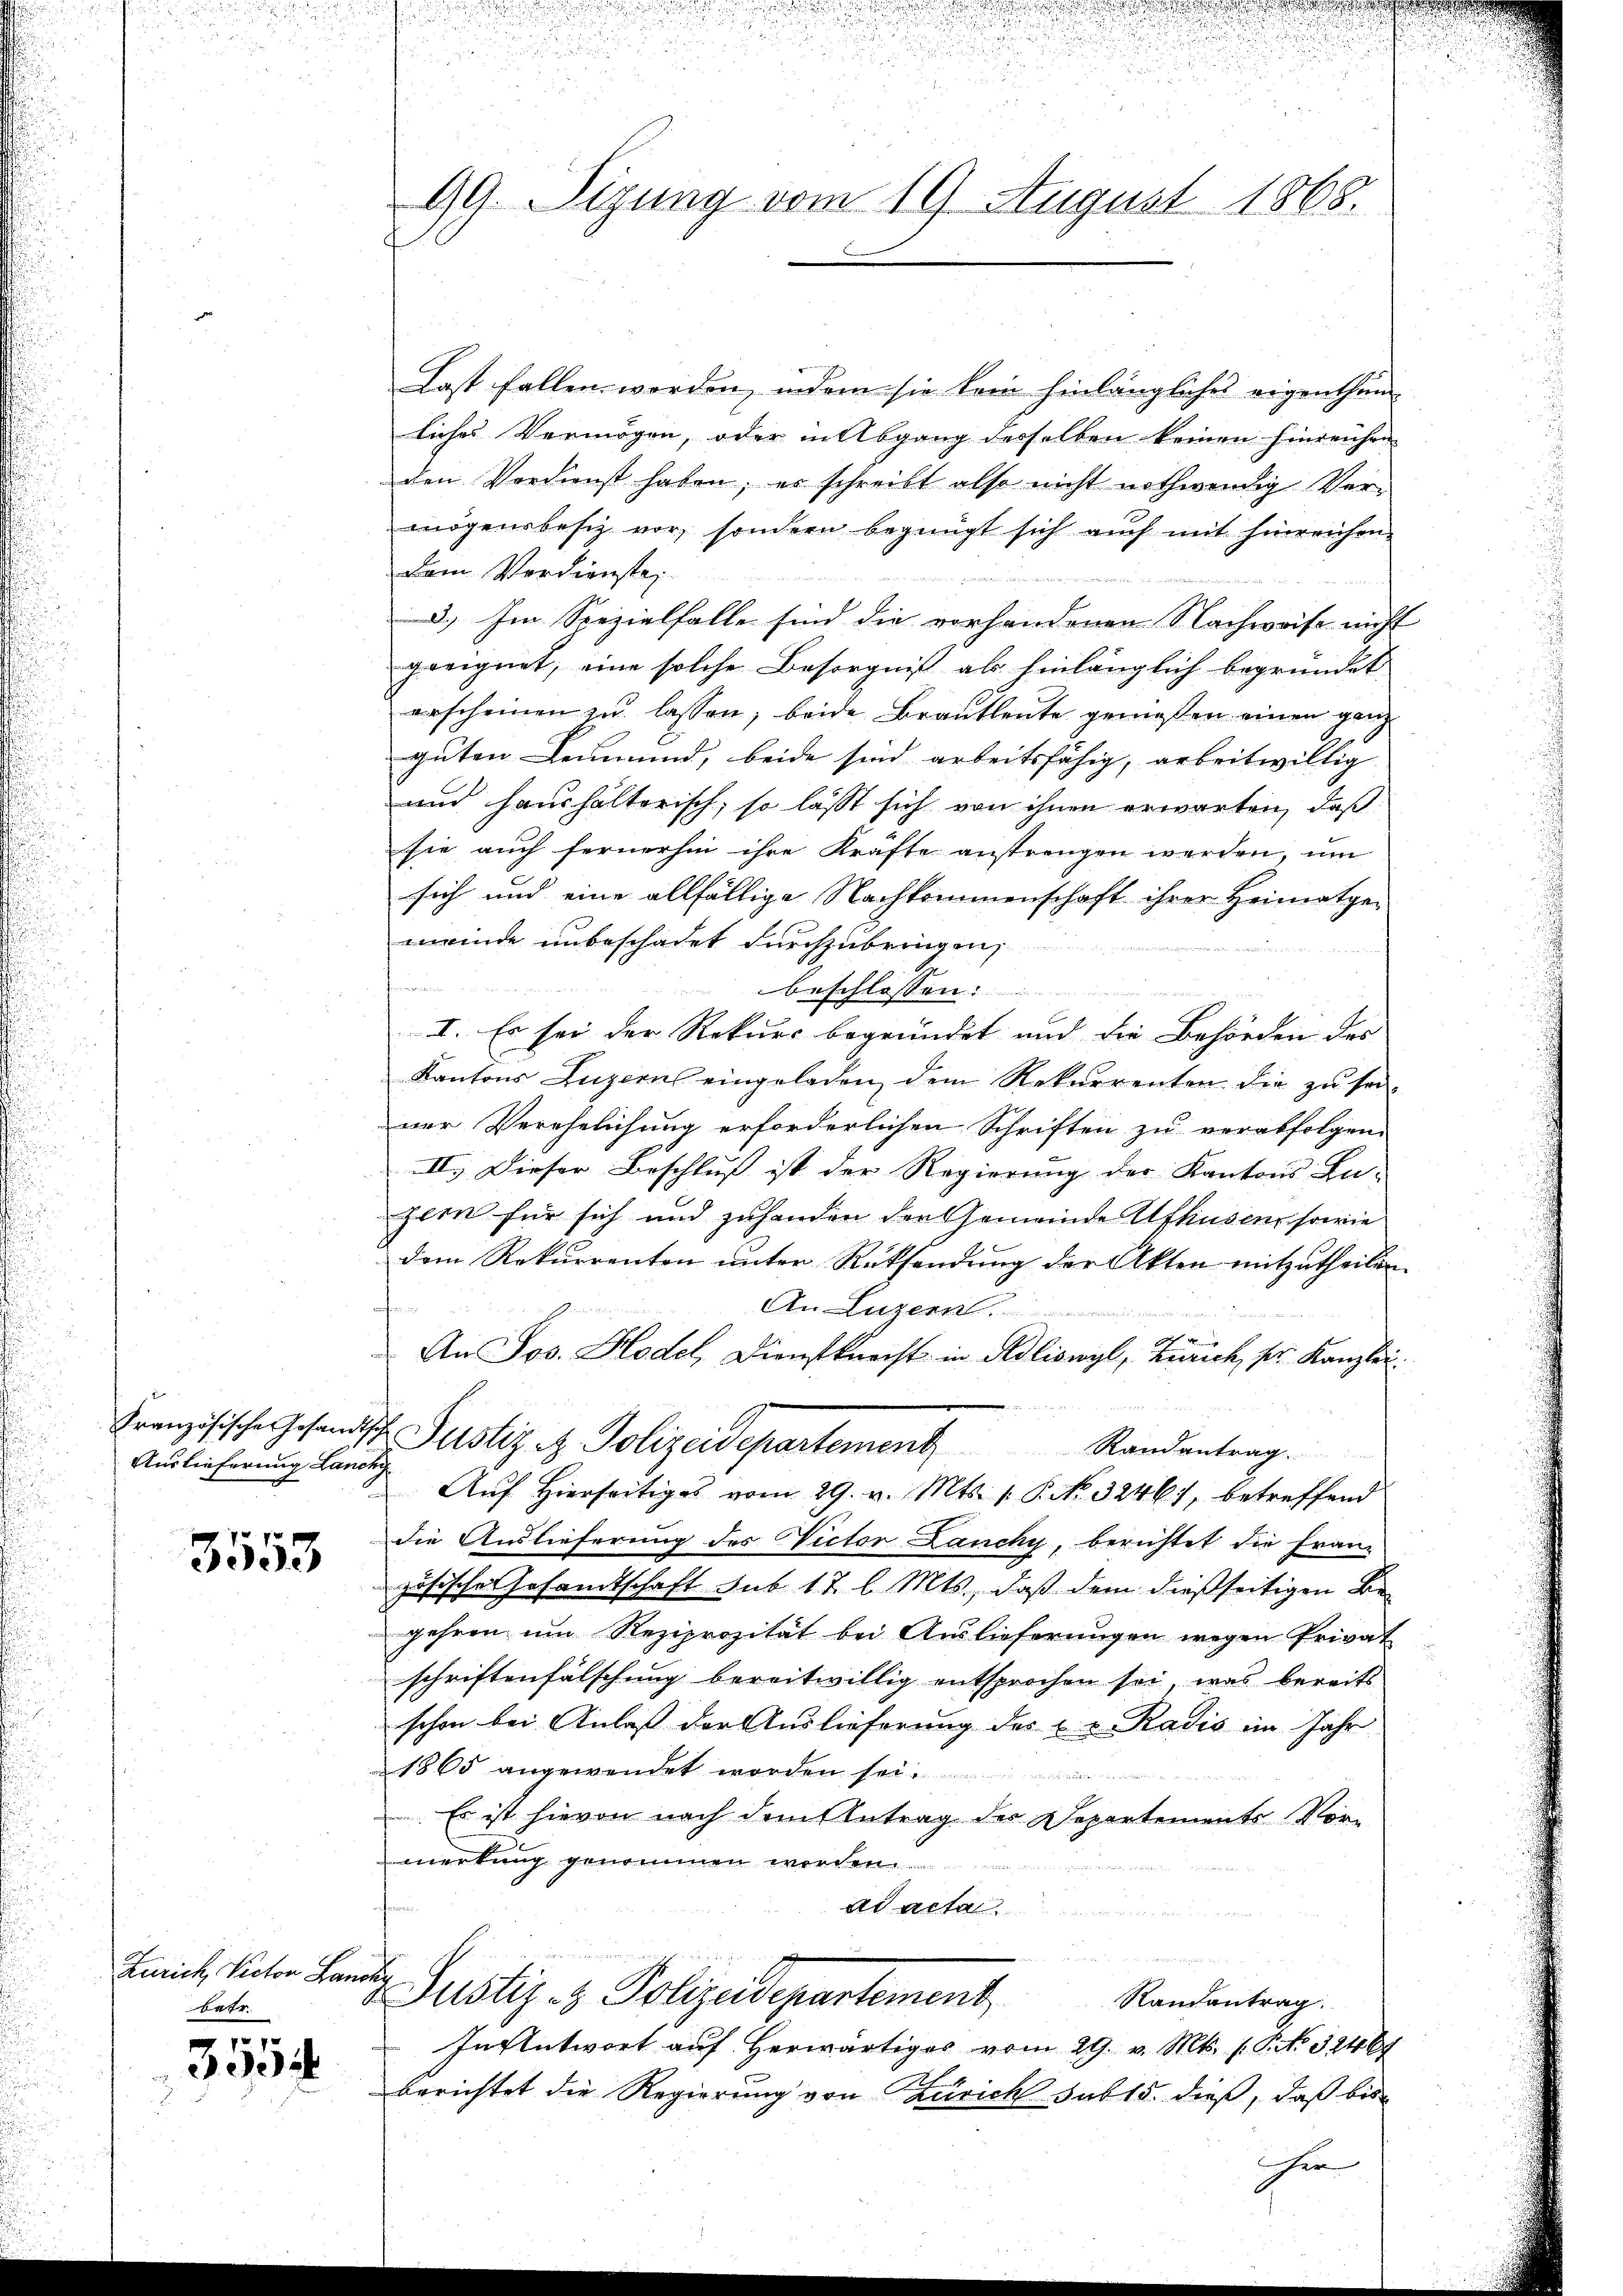
Auslieferung Lancky

3553

Zürich, Victor Landg
Betr
1

3304

u

u
u

d

99. Sigung vom 19. August 1868.

Last fallen worden, indem sie kein hinlängliches eigenthum
liches Vermögen, oder in Abgang derselben keinen hinreichen
den Verdienst haben, er schreibt also nicht nothwendig Vermögensbesitz vor, sondern begnügt sich auch mit hinreichen.
dem Verdienste,
Butter
d.) Im Spezialfalle sind die vorhandenen Nachweise nicht
geeignet, eine solche Besorgniß als hinlänglich begründet
erscheinen zu lassen; beide Brautleute genießen einen ganz
guten Leumund, beide sind arbeitsfähig, arbeitwillig |
und haushalterisch, so lässt sich von ihnen erwarten, daß
sie auch fernerhin ihre Kräfte anstrengen werden, um
sich und eine allfällige Nachkommenschaft ihrer Heimatge-
meinde unbeschadet durchzubringen,
beschlossen:
I. Es sei der Rekurs begründet und die Behörden des
Kantons Luzern eingeladen dem Rekurrenten die zu seiner Verehelichung erforderlichen Schriften zu verabfolgen.
II. Dieser Beschluß ist der Regierung der Kantons Lu-
zern für sich und zuhanden der Gemeinde Ufhusen, sowie
dem Rekurrenten unter Rücksendung der Akten mitzutheilen.
oten
An Luzern
An Jos. Hodel, Dienstknecht in Adliswyl, Zürich sr. Kanzlei.
 Batze
Französische Gesandtsch Pustiz u. Polizeidepartement Randentrag.
Auf Hierseitiges vom 29. v. Mts. 1. P. No. 3246), betreffend
die Auslieferung des Victor Lanchy, berichtet die Fran-
zösische Gesandtschaft sub 17 l. Mts., daß dem dießseitigen Begehren um Reziprozität bei Auslieferungen wegen Privat
schriftenfälschung bereitwillig entsprochen sei, was bereits
schon bei Anlaß der Auslieferung des u. v. Radić im Jahr
1865 angewendet worden sei.
. Es ist hievon nach dem Antrag des Departements Vormerkung genommen werden.
ad acta
Justiz- & Polizeidepartement
Randantrag.
In Antwort auf herwärtiges vom 29. v. Mts. (: P. No 32464
berichtet die Regierung von Zürich sub 15. dieß, daß bis
her